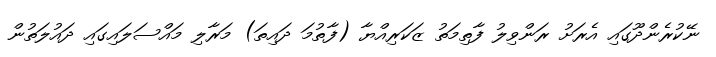
ނޭކުރެންދޫގައި އެރަށު ރަންވިލު ފާތިމަތު ޒަކަރިއްޔާ (ފާތުމަ ދައިތަ) މަރާލި މައްސަލައިގައި ދައުލަތުން